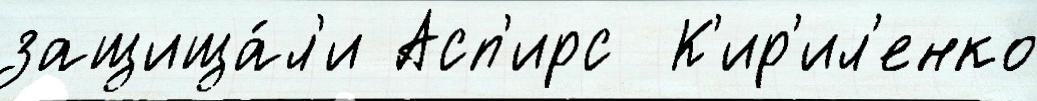
защища́л'и Асп'ирс  К'ир'ил'енко